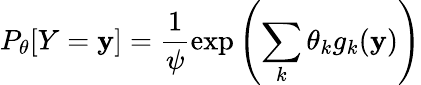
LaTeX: P_{\theta}[Y=\mathbf{y}]=\frac{{1}}{{\psi}}\exp\left(\sum_{k}\theta_{k}g_{k}(\mathbf{y})\right)